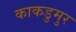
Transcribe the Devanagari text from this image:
काकडुमुर